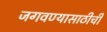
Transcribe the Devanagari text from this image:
जगवण्यासाठीची